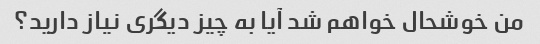
من خوشحال خواهم شد آیا به چیز دیگری نیاز دارید؟